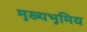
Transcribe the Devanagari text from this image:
मुख्यभूमिय